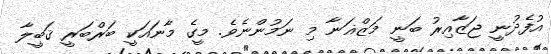
އުފެދުނީ ޖަޒާއިރު ބަނީ މަޒްޣަނާ މި ނަމުންނެވެ. މީގެ މާނައަކީ ބަރްބަރީ ޤަބީލާ